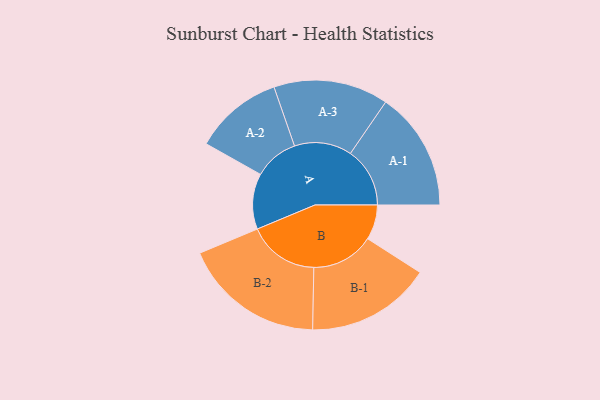
{"axis": {"x": "Segment", "y": "Value"}, "legend": ["", "A", "B"], "data": [{"x": "A", "y": 218, "type": ""}, {"x": "B", "y": 137, "type": ""}, {"x": "A-1", "y": 233, "type": "A"}, {"x": "A-2", "y": 174, "type": "A"}, {"x": "A-3", "y": 225, "type": "A"}, {"x": "B-1", "y": 245, "type": "B"}, {"x": "B-2", "y": 278, "type": "B"}]}